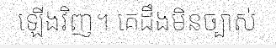
ឡើងវិញ។ គេដឹងមិនច្បាស់